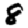
Digit: 8